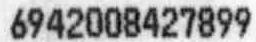
6942008427899